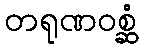
တရုဏဝစ္ဆံ